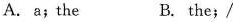
A. a; the B. the; /